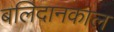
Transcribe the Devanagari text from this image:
बलिदानकाल